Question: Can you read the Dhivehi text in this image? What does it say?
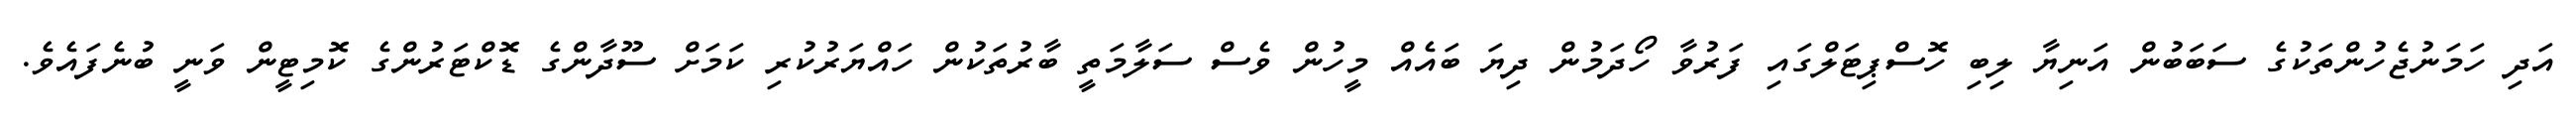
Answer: އަދި ހަމަނުޖެހުންތަކުގެ ސަބަބުން އަނިޔާ ލިބި ހޮސްޕިޓަލްގައި ފަރުވާ ހޯދަމުން ދިޔަ ބައެއް މީހުން ވެސް ސަލާމަތީ ބާރުތަކުން ހައްޔަރުކުރި ކަމަށް ސޫދާންގެ ޑޮކްޓަރުންގެ ކޮމިޓީން ވަނީ ބުނެފައެވެ.